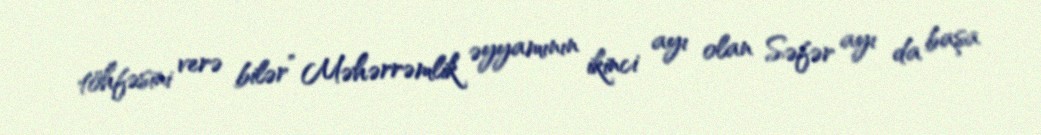
töhfəsini verə bilər” Məhərrəmlik əyyamının ikinci ayı olan Səfər ayı da başa